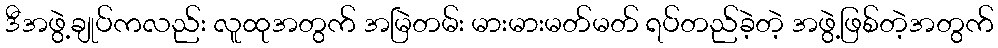
ဒီအဖွဲ့ချုပ်ကလည်း လူထုအတွက် အမြဲတမ်း မားမားမတ်မတ် ရပ်တည်ခဲ့တဲ့ အဖွဲ့ဖြစ်တဲ့အတွက်